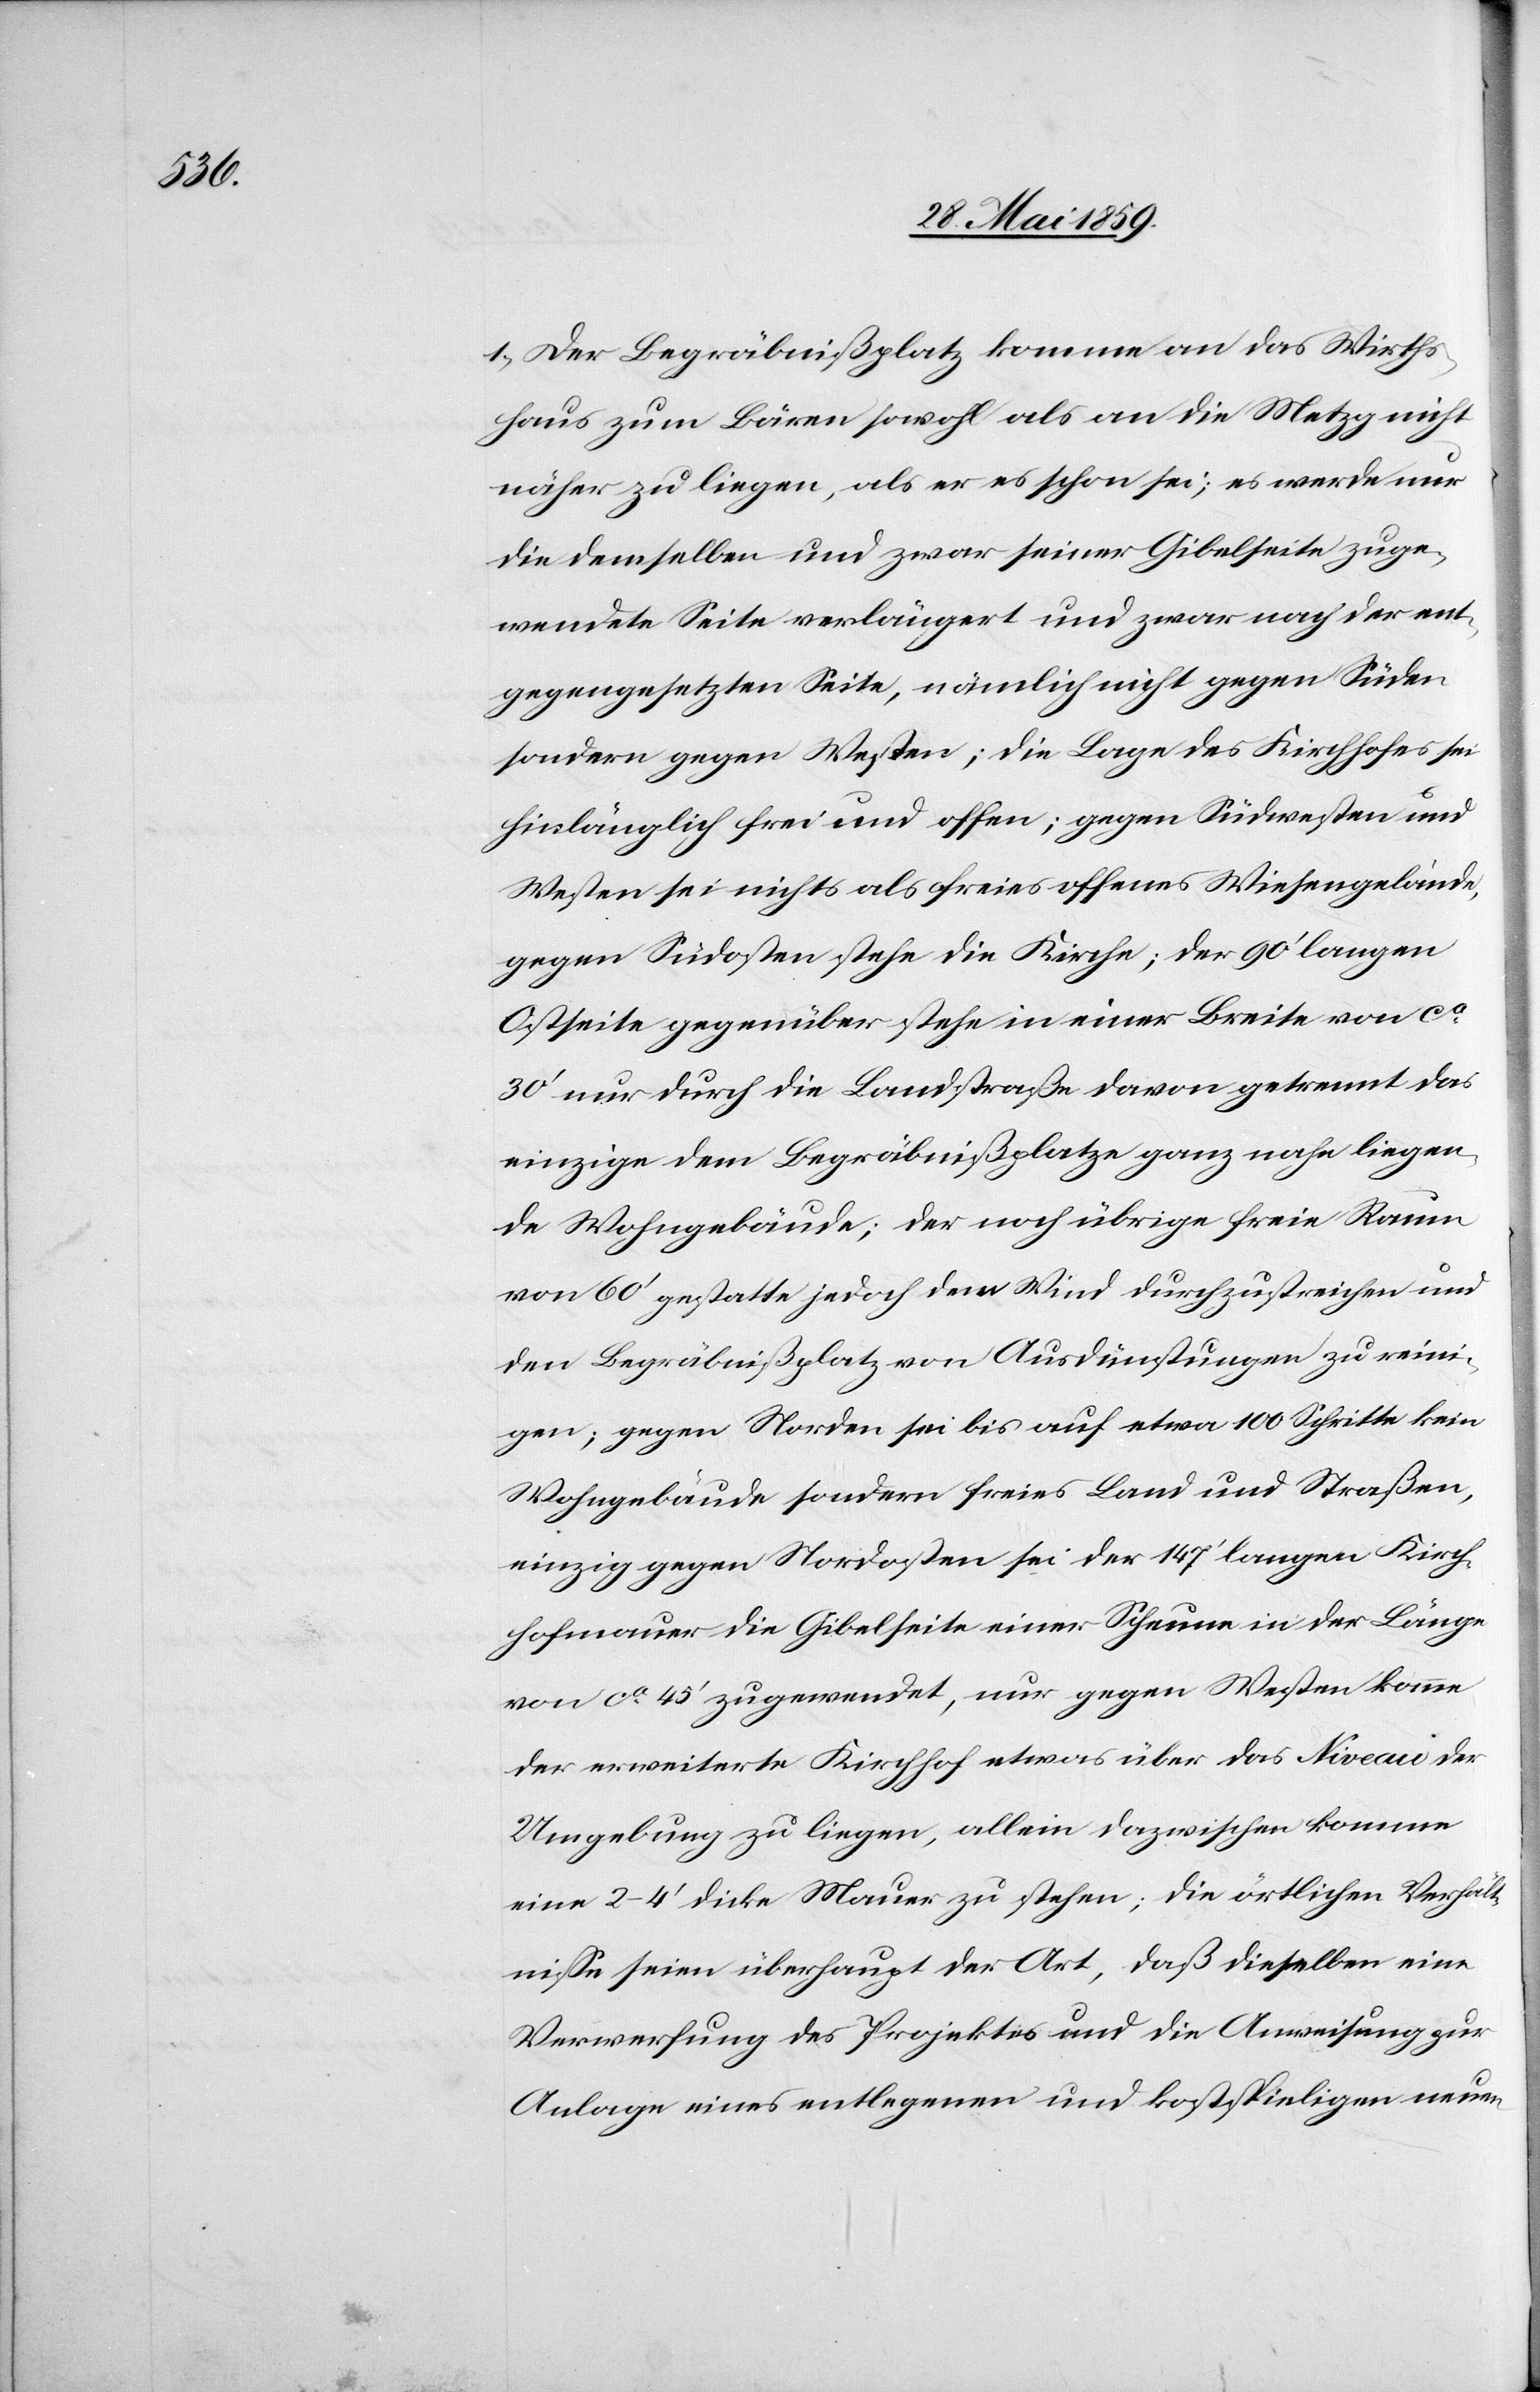
1) Der Begräbnißplatz komme an das Wirths¬
haus zum Bären sowohl als an die Metzg nicht
näher zu liegen, als er es schon sei; es werde nur
die demselben und zwar seiner Gibelseite zuge¬
wendete Seite verlängert und zwar nach der ent¬
gegengesetzten Seite, nämlich nicht gegen Süden
sondern gegen Westen; die Lage des Kirchhofes sei
hinlänglich frei und offen; gegen Südwesten und
Westen sei nichts als freies offenes Wiesengelände,
gegen Südosten stehe die Kirche; der 90‘ langen
Ostseite gegenüber stehe in einer Breite von ca
30‘ nur durch die Landstraße davon getrennt das
einzige dem Begräbnißplatze ganz nahe liegen¬
de Wohngebäude; der noch übrige freie Raum
von 60‘ gestatte jedoch dem Wind durchzustreichen und
den Begräbnißplatz von Ausdünstungen zu reini¬
gen; gegen Norden sei bis auf etwa 100 Schritte kein
Wohngebäude sondern freies Land und Straßen,
einzig gegen Nordosten sei der 147‘ langen Kirch¬
hofmauer die Gibelseite einer Scheune in der Länge
von caa 45‘ zugewendet, nur gegen Westen komme
der erweiterte Kirchhof etwas über das Niveau der
Umgebung zu liegen, allein dazwischen komme
eine 2–4‘ dicke Mauer zu stehen; die örtlichen Verhält¬
nisse seien überhaupt der Art, daß dieselben eine
Verwerfung des Projektes und die Anweisung zur
Anlage eines entlegenen und kostspieligen neuen